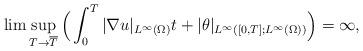
LaTeX: \begin{align*}\lim \sup_{ T \rightarrow \overline{T}} \Big(\int_0^T |\nabla u|_{ L^\infty(\Omega)}t+|\theta|_{L^\infty([0,T];L^\infty(\Omega))}\Big)=\infty,\end{align*}